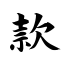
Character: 款